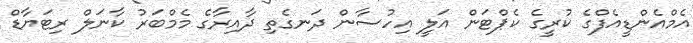
އެމްއެންޑީއެފްގެ ކުރީގެ ކެޕްޓަން އަލީ އިހުސާން ދަނގެތި ދާއިރާގެ މެމްބަރު ކާނަލް ރިޓަޔާޑް